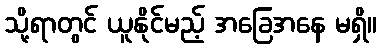
သို့ရာတွင် ယူနိုင်မည့် အခြေအနေ မရှိ။